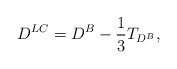
\begin{align*} D^{LC} = D^B - \frac{1}{3} T_{D^B}, \end{align*}